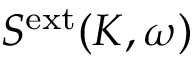
S ^ { \mathrm { e x t } } ( K , \omega )